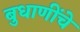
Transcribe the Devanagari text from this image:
बुधाणींचे